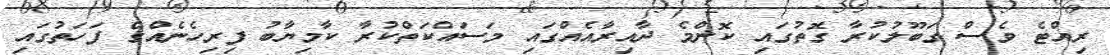
ރިއްޓެ ވެސް ގަބޫލުކުރާ ގޮތުގައި ކޮންމެ ދާއިރާއެއްގައި މަސައްކަތްކުރާ ކާމިޔާބު ފިރިހެނެއްގެ ފަހަތުގައި